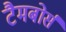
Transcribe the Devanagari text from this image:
टैमबोर्स